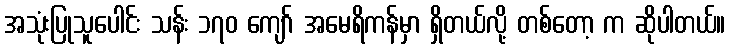
အသုံးပြုသူပေါင်း သန်း ၁၇၀ ကျော် အမေရိကန်မှာ ရှိတယ်လို့ တစ်တော့ က ဆိုပါတယ်။